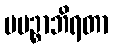
ပပဉ္စာဘိရတာ